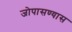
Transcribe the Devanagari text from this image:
जोपासण्यास